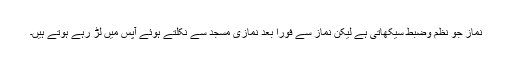
نماز جو نظم وضبط سیکھاتی ہے لیکن نماز سے فوراََ بعد نمازی مسجد سے نکلتے ہوئے آپس میں لڑ رہے ہوتے ہیں۔